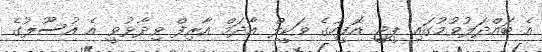
އެ ބައްދަލުވުމުގައި ޕީޖީ އޮފީހުގެ ވަކީލް އާދަމް އާރިފް ވިދާޅުވީ އެ އުސޫލުގެ